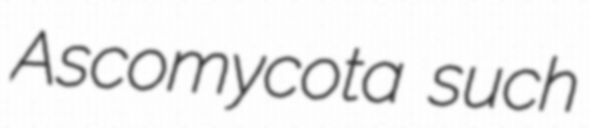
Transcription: Ascomycota such